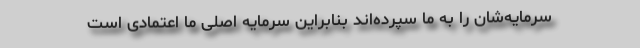
سرمایه‌شان را به ما سپرده‌اند بنابراین سرمایه اصلی ما اعتمادی است